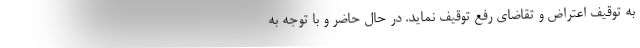
به توقیف اعتراض و تقاضای رفع توقیف نماید. در حال حاضر و با توجه به